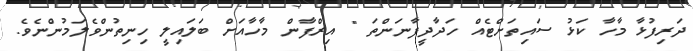
ދަރިފުޅާ މާހާ ކަޅު ސައިތަށްޓެއް ހަދާދީފާނަންތަ " އިރްފާން މާހާއަށް ބަލައިލީ ހިނިތުންވެލަމުންނެވެ.